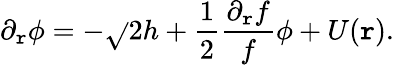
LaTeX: \partial_{\mathtt{r}}\phi=-\sqrt{}{2}h+{\frac{{1}}{{2}}}{\frac{{\partial_{\mathtt{r}}f}}{{f}}}\phi+U(\mathtt{r}).